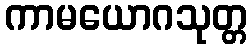
ကာမယောဂသုတ္တ